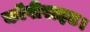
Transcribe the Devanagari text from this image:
कॉपीराइट।